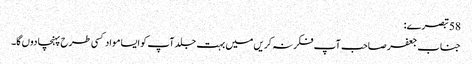
58 تبصرے:
جناب جعفر صاحب آپ فکر نہ کریں میں بہت جلد آپ کو ایسا مواد کسی طرح پہنچا دوں گا۔